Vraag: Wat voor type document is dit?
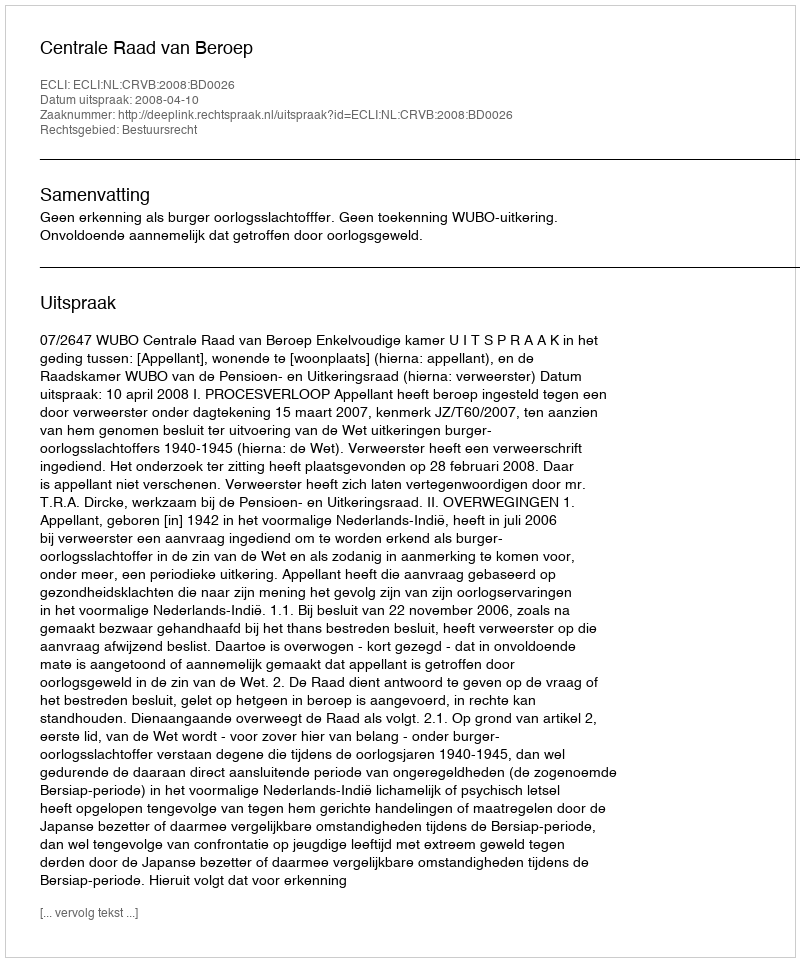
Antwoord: Uitspraak